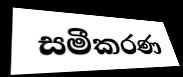
සමීකරණ